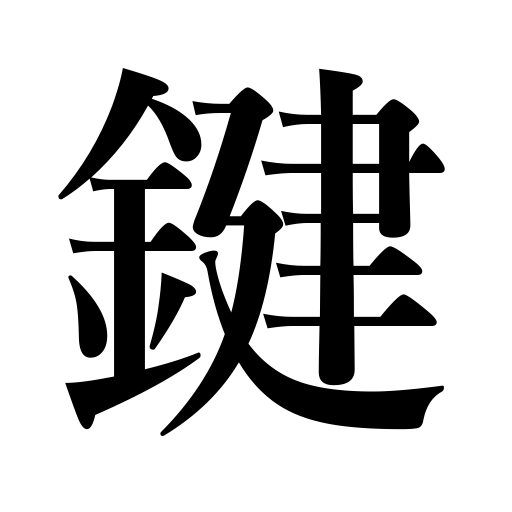
Meanings: key,pianokey